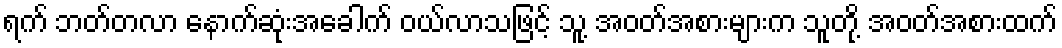
ရက် ဘတ်တလာ နောက်ဆုံးအခေါက် ဝယ်လာသဖြင့် သူ့ အဝတ်အစားများက သူတို့ အဝတ်အစားထက်